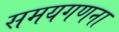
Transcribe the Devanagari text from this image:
समयगणना